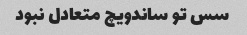
سس تو ساندویچ متعادل نبود